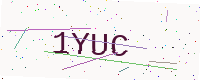
Text: 1YUC